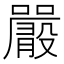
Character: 𡃫